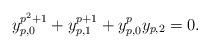
LaTeX: \begin{align*}y_{p,0}^{p^2+1}+y_{p,1}^{p+1}+y_{p,0}^py_{p,2}=0.\end{align*}